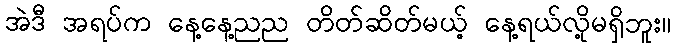
အဲဒီ အရပ်က နေ့နေ့ညည တိတ်ဆိတ်မယ့် နေ့ရယ်လို့မရှိဘူး။